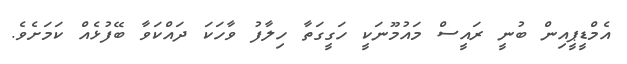
އެމްޑީޕީއިން ބުނީ ރައީސް މައުމޫނަކީ ހަގީގަތާ ހިލާފު ވާހަކަ ދައްކަވާ ބޭފުޅެއް ކަމަށެވެ.